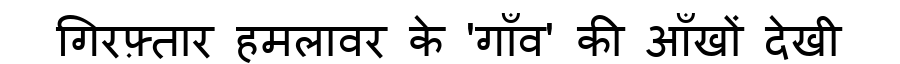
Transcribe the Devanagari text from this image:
गिरफ़्तार हमलावर के 'गाँव' की आँखों देखी